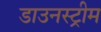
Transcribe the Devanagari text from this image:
डाउनस्‍ट्रीम